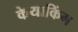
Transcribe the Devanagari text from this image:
केयाकिंग